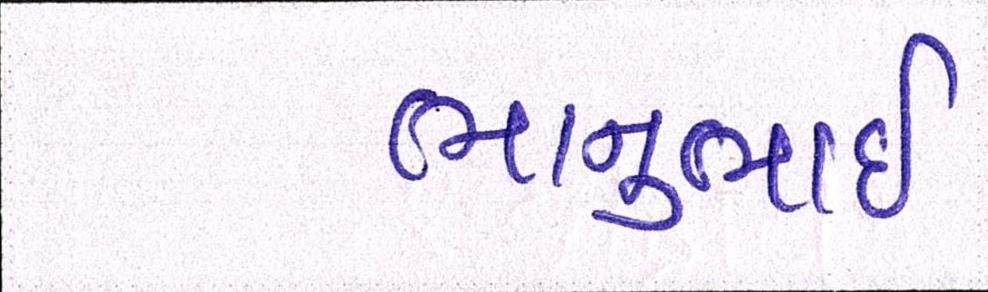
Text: ભાનુભાઈ